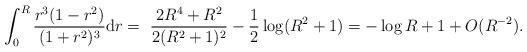
LaTeX: \begin{align*}\int_0^R\frac{r^3(1-r^2)}{(1+r^2)^3}\mathrm{d}r=~&\frac{2R^4+R^2}{2(R^2+1)^2}-\frac{1}{2}\log (R^2+1) =-\log R+1+O(R^{-2}).\end{align*}